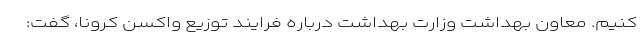
کنیم. معاون بهداشت وزارت بهداشت درباره فرایند توزیع واکسن کرونا، گفت: